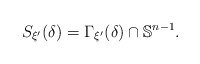
\begin{align*} S_{\xi'}(\delta)=\Gamma_{\xi'}(\delta)\cap \mathbb{S}^{n-1}.\end{align*}